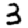
Digit: 3